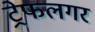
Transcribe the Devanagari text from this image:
ट्रेफलगर